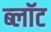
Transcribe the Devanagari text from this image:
ब्‍लॉट